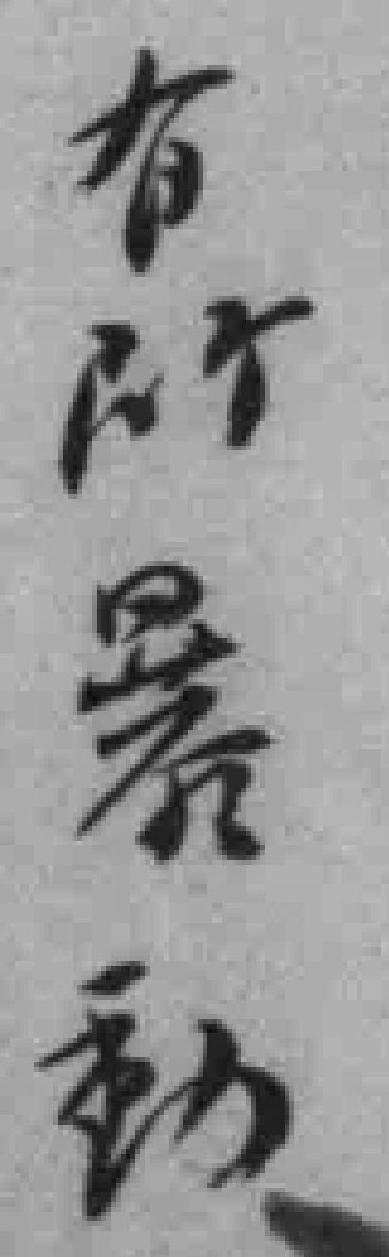
有所*動